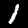
Label: 1